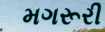
મગરૂરી